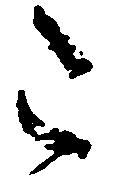
令